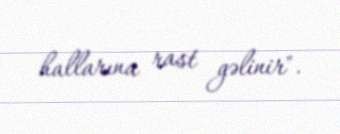
hallarına rast gəlinir".